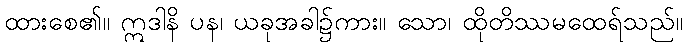
ထားစေ၏။ ဣဒါနိ ပန၊ ယခုအခါ၌ကား။ သော၊ ထိုတိဿမထေရ်သည်။